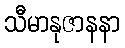
သီမာနုဇာနနာ